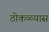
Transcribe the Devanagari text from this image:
ठोकळ्यास